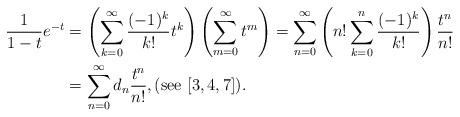
LaTeX: \begin{align*}\frac{1}{1-t} e^{-t} &= \left( \sum_{k=0}^\infty \frac{(-1)^k}{k!} t^k \right)\left( \sum_{m=0}^\infty t^m \right) = \sum_{n=0}^\infty \left( n! \sum_{k=0}^n \frac{(-1)^k}{k!} \right) \frac{t^n}{n!}\\&=\sum_{n=0}^\infty d_n \frac{t^n}{n!},(\textnormal{see} \,\, [3,4,7]).\end{align*}